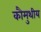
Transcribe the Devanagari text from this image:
कौमुथीय